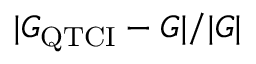
| G _ { \mathrm { Q T C I } } - G | / | G |